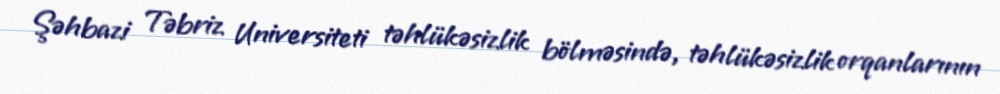
Şəhbazi Təbriz Universiteti təhlükəsizlik bölməsində, təhlükəsizlik orqanlarının